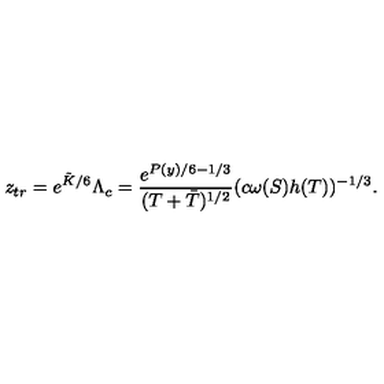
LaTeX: z _ { t r } = e ^ { \tilde { K } / 6 } \Lambda _ { c } = \frac { e ^ { P ( y ) / 6 - 1 / 3 } } { ( T + \bar { T } ) ^ { 1 / 2 } } ( c \omega ( S ) h ( T ) ) ^ { - 1 / 3 } .